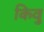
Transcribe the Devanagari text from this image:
किवु